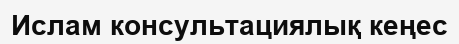
Ислам консультациялық кеңес